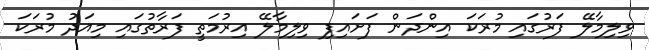
ވިލިމާލޭ ފަރުގައި މުރަކަ އިންދަން ފަށައިފި ވިލިމާލޭ އިރުމަތީ ފަރާތުގައި މިއަދު މުރަކަ